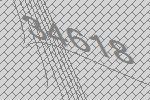
34618